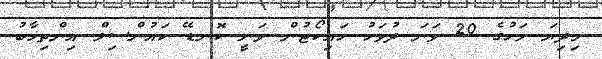
މިދިޔަ މަހުގެ 20 ވަނަ ދުވަހު ހައިކޯޓުން ވަނީ ކޮނޑޭ ކައުންސިލް އިންތިޚާބު